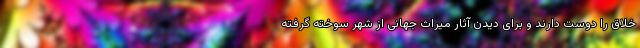
خلاق را دوست دارند و برای دیدن آثار میراث جهانی از شهر سوخته گرفته